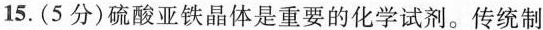
15.(5分)硫酸亚铁晶体是重要的化学试剂。传统制